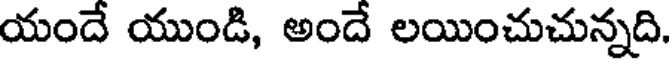
యందే యుండి, అందే లయించుచున్నది.